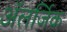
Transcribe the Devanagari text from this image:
अॅलर्जिक